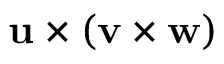
\mathbf { u } \times ( \mathbf { v } \times \mathbf { w } )